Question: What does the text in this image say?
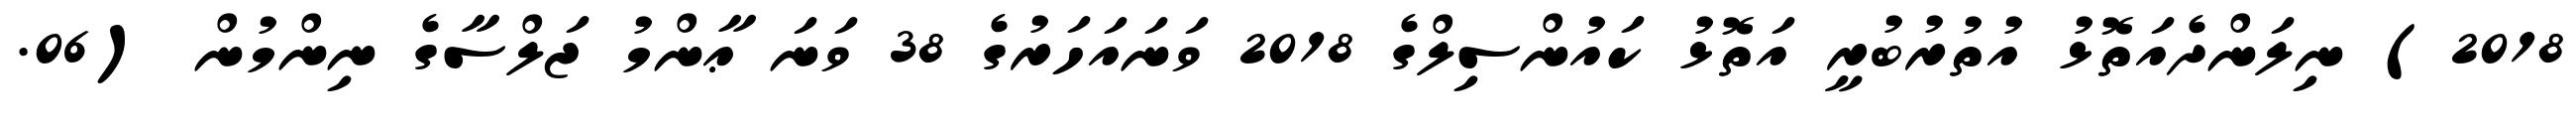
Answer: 2018) ނިލަންދެއަތޮޅު އުތުރުބުރީ އަތޮޅު ކައުންސިލްގެ 2018 ވަނައަހަރުގެ 38 ވަނަ ޢާންމު ޖަލްސާގެ ނިންމުން (06.